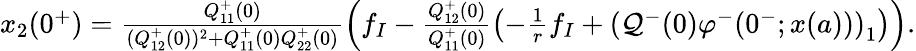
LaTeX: \begin{array}{r}{x_{2}(0^{+})=\frac{Q_{11}^{+}(0)}{(Q_{12}^{+}(0))^{2}+Q_{11}^{+}(0)Q_{22}^{+}(0)}\left(f_{I}-\frac{Q_{12}^{+}(0)}{Q_{11}^{+}(0)}\left(-\frac{1}{r}f_{I}+\left(\mathcal{Q}^{-}(0)\varphi^{-}(0^{-};x(a))\right)_{1}\right)\right).}\end{array}